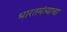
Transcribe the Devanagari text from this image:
भारतमंत्र्याचा